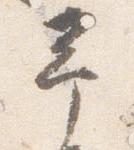
予